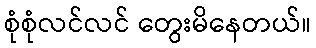
စုံစုံလင်လင် တွေးမိနေတယ်။